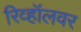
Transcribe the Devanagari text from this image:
रिव्हॉलवर